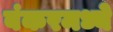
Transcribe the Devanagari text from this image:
बंकरमध्ये